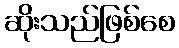
ဆိုးသည်ဖြစ်စေ